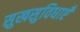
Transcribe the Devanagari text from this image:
सुखसुविधाएँ